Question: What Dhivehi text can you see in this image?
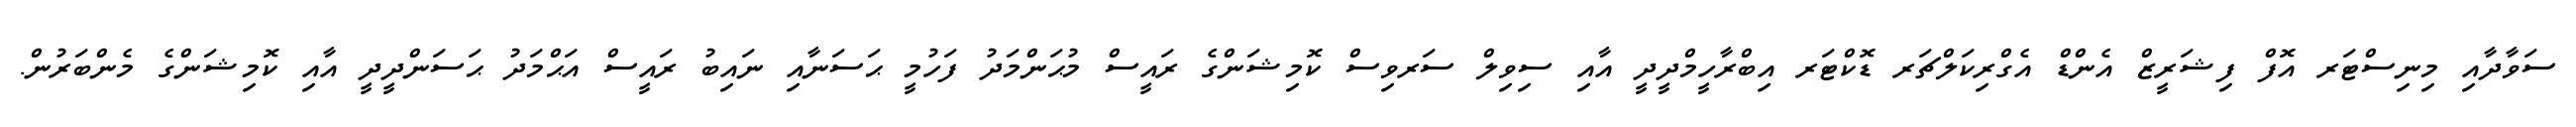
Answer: ސަވާދާއި މިނިސްޓަރ އޮފް ފިޝަރީޒް އެންޑް އެގްރިކަލްޗަރ ޑޮކްޓަރ އިބްރާހީމްދީދީ އާއި ސިވިލް ސަރވިސް ކޮމިޝަންގެ ރައީސް މުޙަންމަދު ފަހުމީ ޙަސަނާއި ނައިބު ރައީސް އަޙްމަދު ޙަސަންދީދީ އާއި ކޮމިޝަންގެ މެންބަރުން.